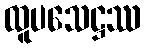
ထူပသေဋ္ဌဿ